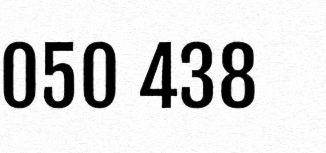
050 438